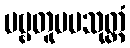
ပဗ္ဗတူပမသုတ္တံ